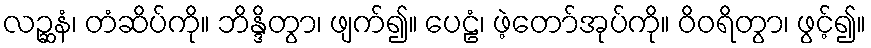
လဉ္ဆနံ၊ တံဆိပ်ကို။ ဘိန္ဒိတွာ၊ ဖျက်၍။ ပေဠံ၊ ဖဲ့တော်အုပ်ကို။ ဝိဝရိတွာ၊ ဖွင့်၍။